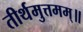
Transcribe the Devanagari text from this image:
तीर्थमुत्तमम्‌॥